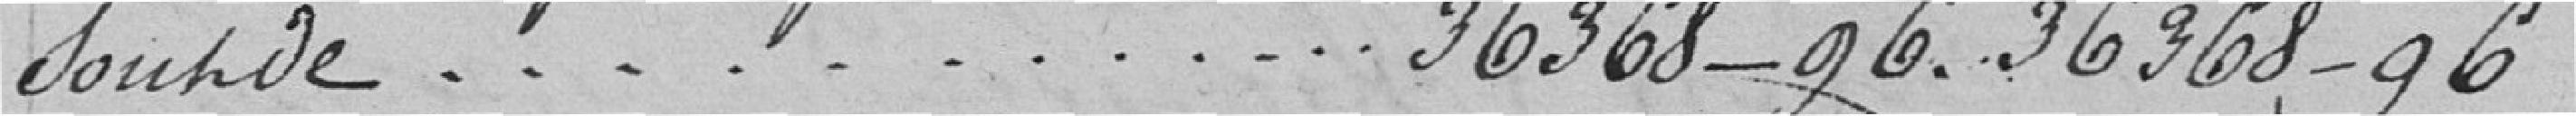
sont de 36368,96 36368-96